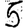
Digit: 5